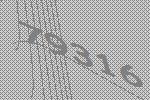
79316